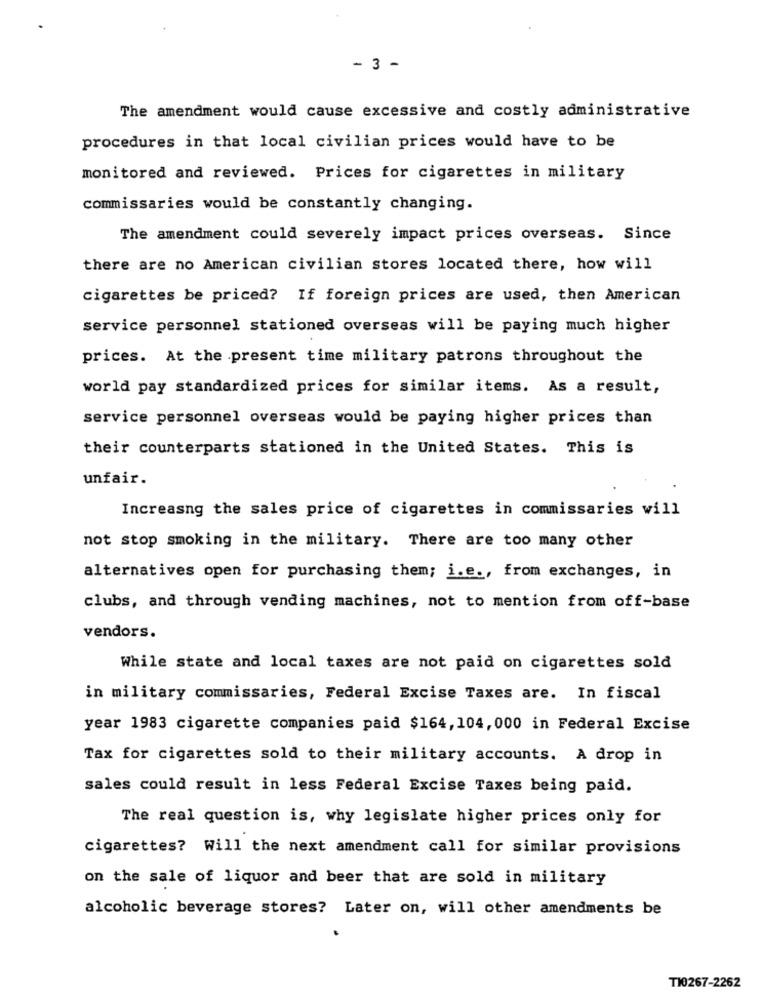
- 3 -
The amendment would cause excessive and costly administrative
procedures in that local civilian prices would have to be
monitored and reviewed. Prices for cigarettes in military
commissaries would be constantly changing.
The amendment could severely impact prices overseas. Since
there are no American civilian stores located there, how will
cigarettes be priced? If foreign prices are used, then American
service personnel stationed overseas will be paying much higher
prices. At the present time military patrons throughout the
world pay standardized prices for similar items. As a result,
service personnel overseas would be paying higher prices than
their counterparts stationed in the United States. This is
unfair.
Increasng the sales price of cigarettes in commissaries will
not stop smoking in the military. There are too many other
alternatives open for purchasing them; i.e ., from exchanges, in
clubs, and through vending machines, not to mention from off-base
vendors.
While state and local taxes are not paid on cigarettes sold
in military commissaries, Federal Excise Taxes are. In fiscal
year 1983 cigarette companies paid $164, 104, 000 in Federal Excise
Tax for cigarettes sold to their military accounts. A drop in
sales could result in less Federal Excise Taxes being paid.
The real question is, why legislate higher prices only for
cigarettes? Will the next amendment call for similar provisions
on the sale of liquor and beer that are sold in military
alcoholic beverage stores? Later on, will other amendments be
T10267-2262